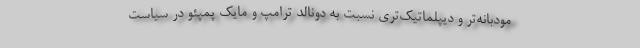
مودبانه‌تر و دیپلماتیک‌تری نسبت به دونالد ترامپ و مایک پمپئو در سیاست